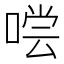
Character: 𰈇